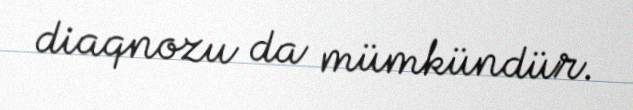
diaqnozu da mümkündür.